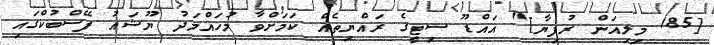
[185 މިލިއަން ރުފިޔާ]" އައްޑޫ ސިޓީގެ ރައްޔިތެއް ކަމަށްވާ މުހައްމަދު ޔޫޝައު ފޭސްބުކްގައި